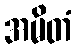
အမိတံ